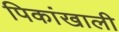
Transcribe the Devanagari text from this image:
पिकांखाली